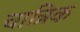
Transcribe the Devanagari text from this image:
चात्रिक